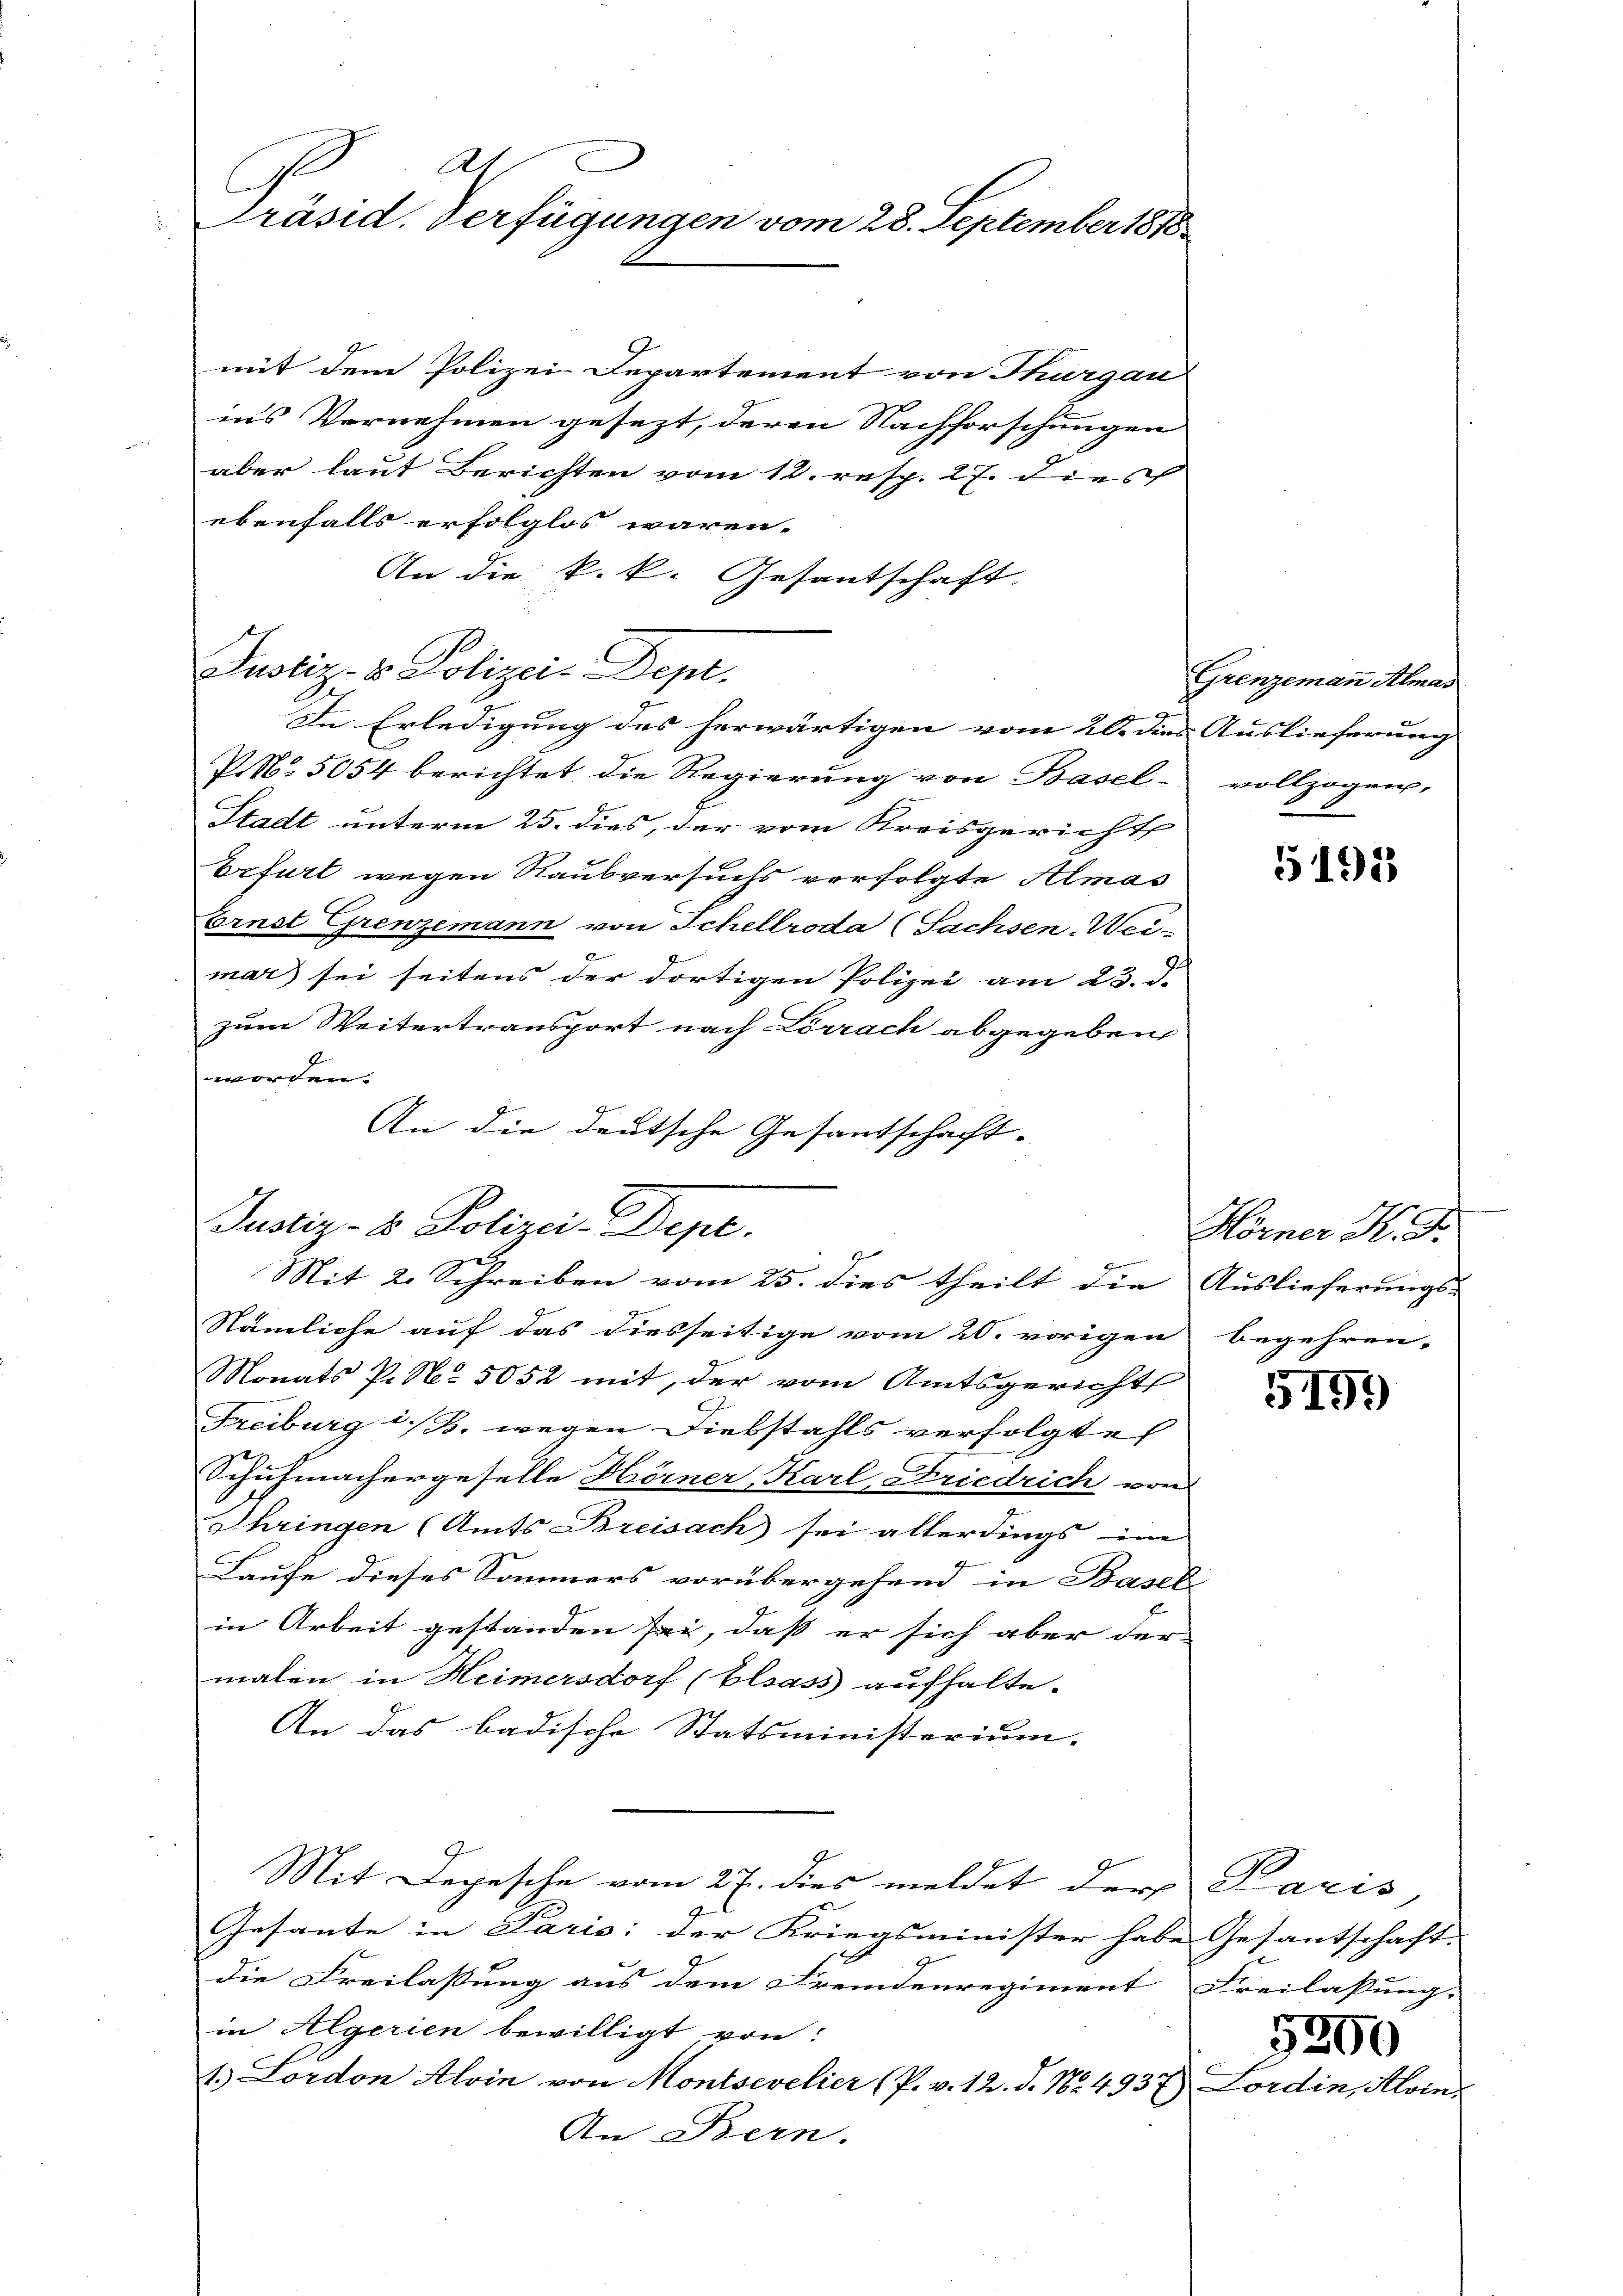
At
C
Präsid. Verfügungen vom 28. September 1878

mit dem Polizei-Departement von Thurgau
ins Vernehmen gesezt, deren Nachforschungen
aber laut Berichten vom 12. resp. 27. Dies
ebenfalls erfolglos waren.
An die k.k. Gesantschaft.
P. Nr. 5054 berichtet die Regierung von Basel- vollzogen,
Stadt unterm 25. dies, der vom Kreisgericht
Erfurt wegen Raubversuchs verfolgte Almas
Ernst Grenzemann von Schellroda (Sachsen-Wei-
mar sei seitens der dortigen Polizei am 23. d.
zum Weitertransport nach Lörrach abgegeben
worden.
An die deutsche Gesantschaft-
Nämliche auf das diesseitige vom 20. vorigen
Monats P. Nr. 5052 mit, der vom Amtsgerichts
Freiburg i./ B. wegen Diebstahls verfolgte
Schuhmachergeselle Hörner, Karl Friedrich von
Shringen (Amts Breisach sei allerdings im
Laufe dieses Sommers vorübergehend in Basel
in Arbeit gestanden sei, daß er sich aber der
malen in Heimersdorf (blsass aufhalte.
An das badische Statsministerium.
Mit Depesche vom 27. dies meldet der Paris,
Gesante in Paris; der Kriegsminister habe Gesantschaft.
die Freilassung aus dem Fremdenregiment Freilassung.
in Algerien bewilligt von
1.) Lordon Alvin von Montsevelier (P. v. 12. d. No. 4937) Lordin, Aloin¬
An Bern.

Justiz- & Polizeit Dept.

Justiz- & Polizei-Dept.
9
e
Mit 2. Schreiben vom 25. dies theilt die Auslieferungs-

In Erledigung des herwärtigen vom 20. dies Auslieferung

Grenzemann Almas

5191

Hörner K. G.
begehren.

5191

5200